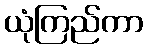
ယုံကြည်ကာ